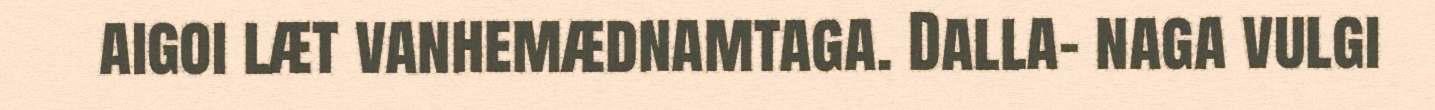
aigoi læt vanhemædnamtaga. Dalla- naga vulgi